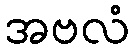
အဗလံ